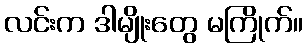
လင်းက ဒါမျိုးတွေ မကြိုက်။